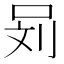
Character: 𰇞